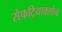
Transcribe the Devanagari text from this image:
सेफट्रियाक्सोन